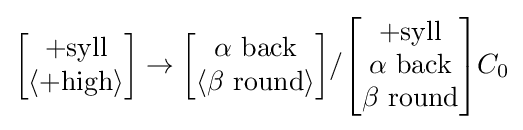
{\begin{bmatrix}+{\text{syll}}\\\langle +{\text{high}}\rangle \end{bmatrix}}\rightarrow {\begin{bmatrix}\alpha {\text{ back}}\\\langle \beta {\text{ round}}\rangle \end{bmatrix}}/{\begin{bmatrix}+{\text{syll}}\\\alpha {\text{ back}}\\\beta {\text{ round}}\end{bmatrix}}C_{0}